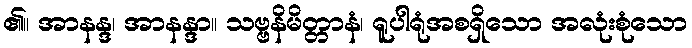
၏။ အာနန္ဒ၊ အာနန္ဒာ။ သဗ္ဗနိမိတ္တာနံ၊ ရူပါရုံအစရှိသော အလုံးစုံသော